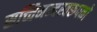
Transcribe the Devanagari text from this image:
सच्चिनन्दस्वरूपको